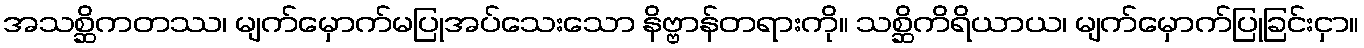
အသစ္ဆိကတဿ၊ မျက်မှောက်မပြုအပ်သေးသော နိဗ္ဗာန်တရားကို။ သစ္ဆိကိရိယာယ၊ မျက်မှောက်ပြုခြင်းငှာ။